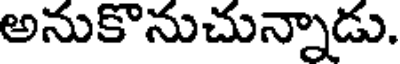
అనుకొనుచున్నాడు.